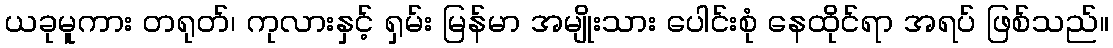
ယခုမူကား တရုတ်၊ ကုလားနှင့် ရှမ်း မြန်မာ အမျိုးသား ပေါင်းစုံ နေထိုင်ရာ အရပ် ဖြစ်သည်။